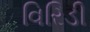
વિરિડી